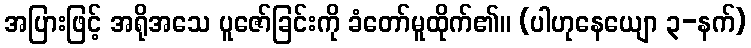
အပြားဖြင့် အရိုအသေ ပူဇော်ခြင်းကို ခံတော်မူထိုက်၏။ (ပါဟုနေယျော ၃-နက်)